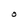
Character: O